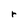
Character: r